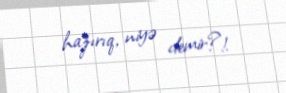
hazırıq, niyə demir?!.